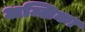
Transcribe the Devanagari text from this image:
अम्लिका